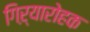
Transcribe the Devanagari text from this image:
गिऱ्यारोहक